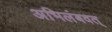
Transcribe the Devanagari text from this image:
अभिलंबवत्